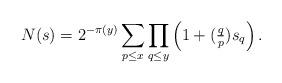
LaTeX: \begin{align*}N(s) = 2^{-\pi(y)}\sum_{p\leq x}\prod_{q\leq y}\left(1+\textstyle{(\frac{q}{p})}s_q\right).\end{align*}